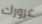
غرورك